Indian journal of veterinary science and animal husbandry - Volume 11,
Year: 1941
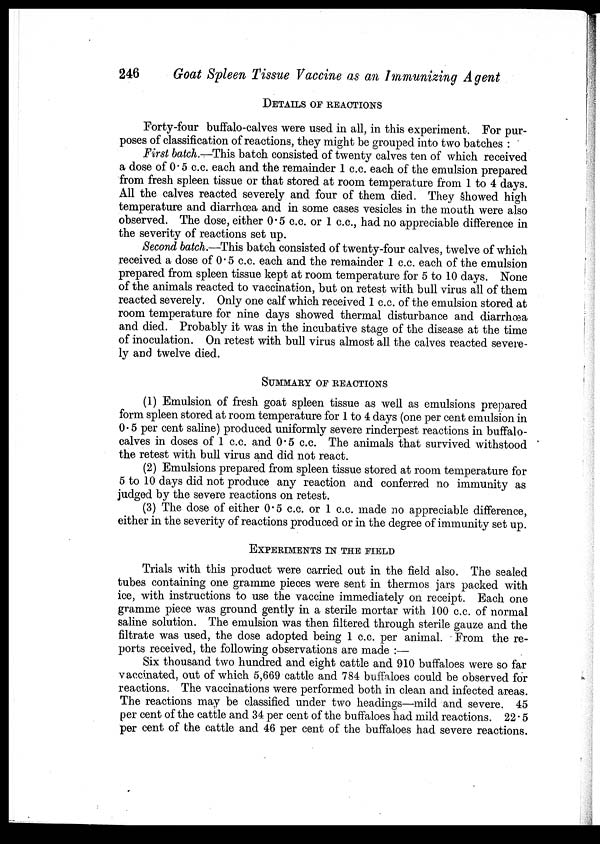
246
Goat Spleen Tissue Vaccine as an Immunizing Agent
DETAILS OF REACTIONS
Forty-four buffalo-calves were used in all, in this experiment. For pur-
poses of classification of reactions, they might be grouped into two batches :
First batch.—This batch consisted of twenty calves ten of which received
a dose of 0. 5 c.c. each and the remainder 1 c.c. each of the emulsion prepared
from fresh spleen tissue or that stored at room temperature from 1 to 4 days.
All the calves reacted severely and four of them died. They showed high
temperature and diarrhœa and in some cases vesicles in the mouth were also
observed. The dose, either 0.5 c.c. or 1 c.c., had no appreciable difference in
the severity of reactions set up.
Second batch.—This batch consisted of twenty-four calves, twelve of which
received a dose of 0.5 c.c. each and the remainder 1 c.c. each of the emulsion
prepared from spleen tissue kept at room temperature for 5 to 10 days. None
of the animals reacted to vaccination, but on retest with bull virus all of them
reacted severely. Only one calf which received 1 c.c. of the emulsion stored at
room temperature for nine days showed thermal disturbance and diarrhœa
and died. Probably it was in the incubative stage of the disease at the time
of inoculation. On retest with bull virus almost all the calves reacted severe-
ly and twelve died.
SUMMARY OF REACTIONS
(1) Emulsion of fresh goat spleen tissue as well as emulsions prepared
form spleen stored at room temperature for 1 to 4 days (one per cent emulsion in
0.5 per cent saline) produced uniformly severe rinderpest reactions in buffalo-
calves in doses of 1 c.c. and 0.5 c.c. The animals that survived withstood
the retest with bull virus and did not react.
(2) Emulsions prepared from spleen tissue stored at room temperature for
5 to 10 days did not produce any reaction and conferred no immunity as
judged by the severe reactions on retest.
(3) The dose of either 0.5 c.c. or 1 c.c. made no appreciable difference,
either in the severity of reactions produced or in the degree of immunity set up.
EXPERIMENTS IN THE FIELD
Trials with this product were carried out in the field also. The sealed
tubes containing one gramme pieces were sent in thermos jars packed with
ice, with instructions to use the vaccine immediately on receipt. Each one
gramme piece was ground gently in a sterile mortar with 100 c.c. of normal
saline solution. The emulsion was then filtered through sterile gauze and the
filtrate was used, the dose adopted being 1 c.c. per animal. From the re-
ports received, the following observations are made :—
Six thousand two hundred and eight cattle and 910 buffaloes were so far
vaccinated, out of which 5,669 cattle and 784 buffaloes could be observed for
reactions. The vaccinations were performed both in clean and infected areas.
The reactions may be classified under two headings—mild and severe. 45
per cent of the cattle and 34 per cent of the buffaloes had mild reactions. 22 . 5
per cent of the cattle and 46 per cent of the buffaloes had severe reactions.